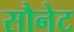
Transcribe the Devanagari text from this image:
सौनेट